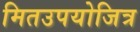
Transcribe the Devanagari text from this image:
मितउपयोजित्र